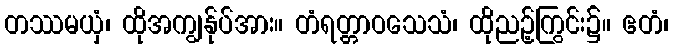
တဿမယှံ၊ ထိုအကျွန်ုပ်အား။ တံရတ္တာဝသေသံ၊ ထိုညဉ့်ကြွင်း၌။ ဧတံ၊